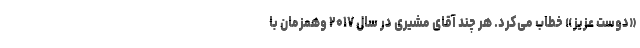
«دوست عزیز» خطاب می‌کرد. هر چند آقای مشیری در سال ۲۰۱۷ وهمزمان با